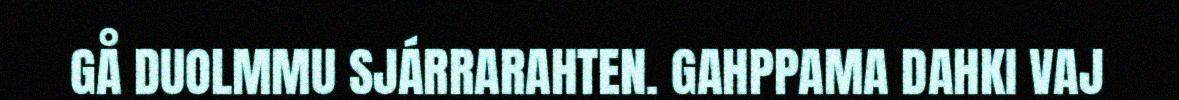
GÅ DUOLMMU SJÁRRARAHTEN. GAHPPAMA DAHKI VAJ